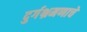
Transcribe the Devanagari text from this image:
दुर्गभ्रमणाचे